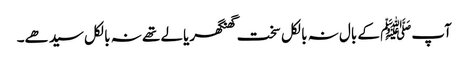
آپﷺ کے بال نہ بالکل سخت گھنگھریالے تھے نہ بالکل سیدھے۔